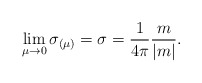
\begin{align*}\lim_{\mu \to 0}\sigma_{(\mu)} = \sigma=\frac{1}{4\pi}\frac{m}{|m|}.\end{align*}